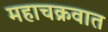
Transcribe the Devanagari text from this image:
महाचक्रवात